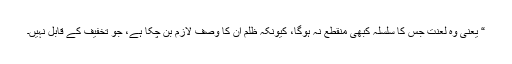
“ یعنی وہ لعنت جس کا سلسلہ کبھی منقطع نہ ہوگا، کیونکہ ظلم ان کا وصف لازم بن چکا ہے، جو تخفیف کے قابل نہیں۔